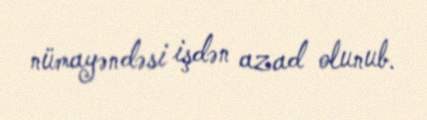
nümayəndəsi işdən azad olunub.